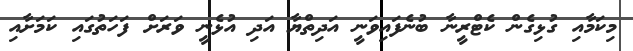
މިކަމާއި ގުޅިގެން ކެޓްރީނާ ބުނެފައިވަނީ އަދިތްޔާ އަދި އުޅެނީ ވަރަށް ފަހަތުގައި ކަމަށާއި